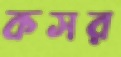
কসর